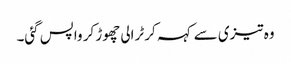
وہ تیزی سے کہہ کر ٹرالی چھوڑ کر واپس گئی۔